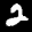
Label: 2